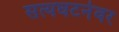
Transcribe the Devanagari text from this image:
सत्यघटनेवर